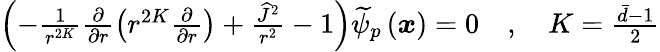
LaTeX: \begin{array}{r}{\left(-\frac{1}{r^{2K}}\frac{\partial}{\partial r}\left(r^{2K}\frac{\partial}{\partial r}\right)+\frac{\widehat{J}^{2}}{r^{2}}-1\right)\widetilde{\psi}_{p}\left(\boldsymbol{x}\right)=0\quad,\quad K=\frac{\bar{d}-1}{2}}\end{array}